Subject: physics
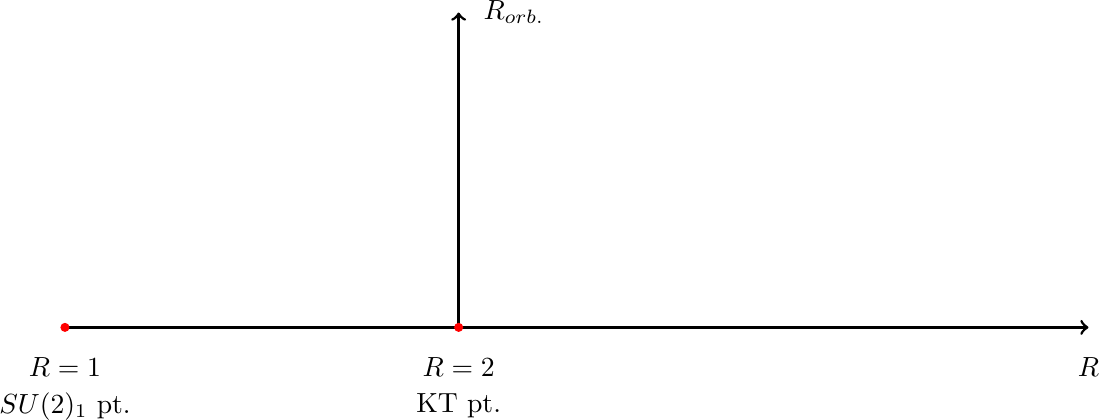
LaTeX code:
  \begin{tikzpicture}
		\draw[line width=1,black,->] (-3,0)--(10,0);
		\draw[line width=1,black,->] (2,0)--(2,4);
		\filldraw [red] (2, 0) circle [radius = 0.05];
		\filldraw [red] (-3, 0) circle [radius = 0.05];
		\node[] at (10,-0.5){$R$};
		\node[] at (2.7,4){$R_{orb.}$};
		\node[] at (2,-0.5){$R=2$};
		\node[] at (2,-1.){KT pt.};
		\node[] at (-3,-0.5){$R=1$};
		\node[] at (-3,-1.){$SU(2)_1$ pt.};
   \end{tikzpicture}